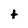
Character: t